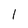
Character: 1